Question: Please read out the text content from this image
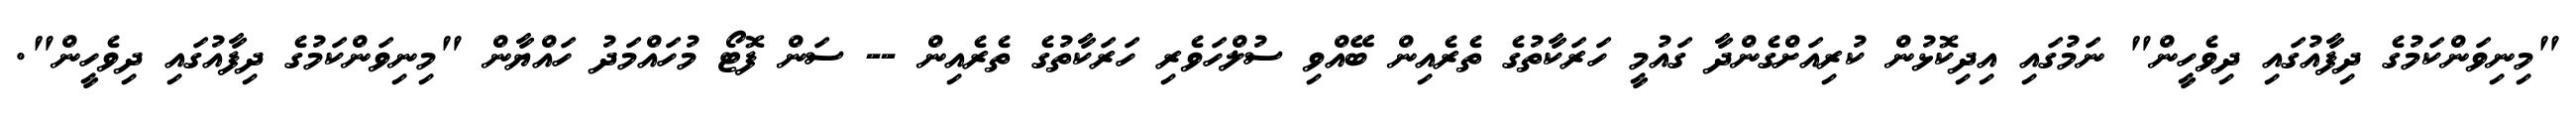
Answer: "މިނިވަންކަމުގެ ދިފާއުގައި ދިވެހީން" ނަމުގައި އިދިކޮޅުން ކުރިއަށްގެންދާ ގައުމީ ހަރަކާތުގެ ތެރެއިން ބޭއްވި ސުލްހަވެރި ހަރަކާތުގެ ތެރެއިން -- ސަން ފޮޓޯ މުހައްމަދު ހައްޔާން "މިނިވަންކަމުގެ ދިފާއުގައި ދިވެހީން".